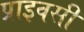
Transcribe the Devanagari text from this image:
प्राइवसी